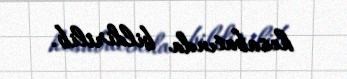
hesabatında bildirilib.